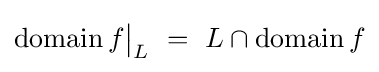
\operatorname {domain} f{\big \vert }_{L}~=~L\cap \operatorname {domain} f